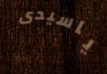
ياسيدى